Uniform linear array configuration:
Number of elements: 12
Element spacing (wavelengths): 0.75
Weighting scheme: blackman
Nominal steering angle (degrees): -30
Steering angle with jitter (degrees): -28.831
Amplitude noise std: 0.05
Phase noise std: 0.05

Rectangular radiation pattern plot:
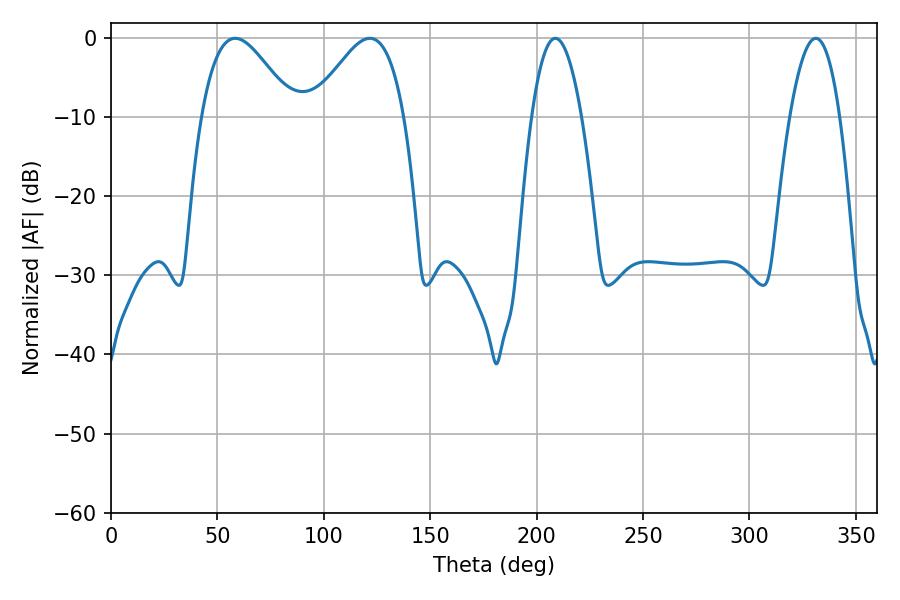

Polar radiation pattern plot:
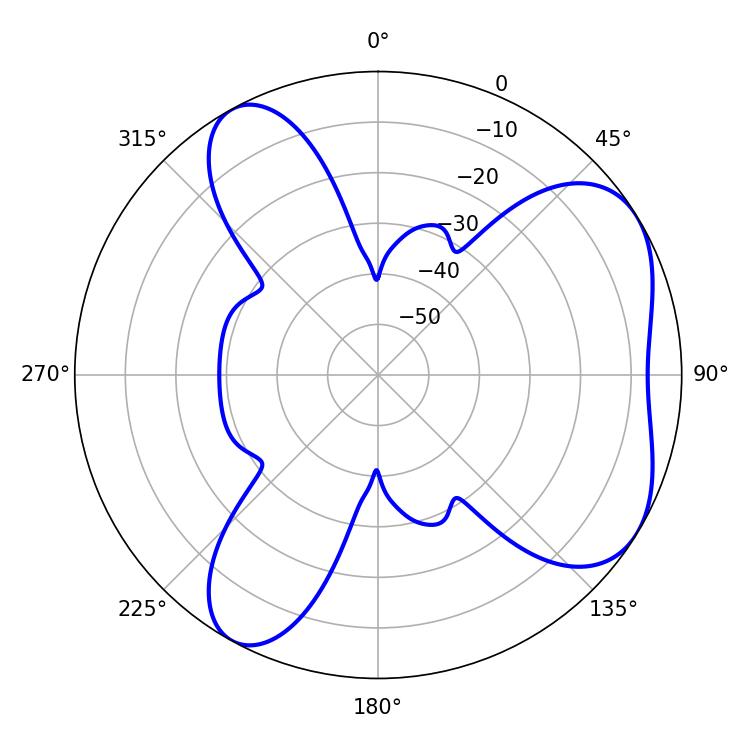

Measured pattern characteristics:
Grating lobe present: TRUE
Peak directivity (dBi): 5.536
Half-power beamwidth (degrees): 12.96
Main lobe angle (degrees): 208.8